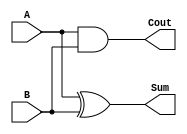
`timescale 1ns / 1ps
//////////////////////////////////////////////////////////////////////////////////
// Company: 
// Engineer: 
// 
// Design Name: 
// Module Name:    Half_Adder 
// Project Name: 
// Target Devices: 
// Tool versions: 
// Description: 
//
// Dependencies: 
//
// Revision: 
// Revision 0.01 - File Created
// Additional Comments: 
//
//////////////////////////////////////////////////////////////////////////////////
module Half_Adder(
    input A,
    input B,
    output Cout,
    output Sum
    );
    assign Sum = A ^ B;
	 assign Cout = A & B;

endmodule